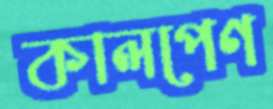
কালপেণ